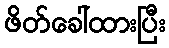
ဖိတ်ခေါ်ထားပြီး